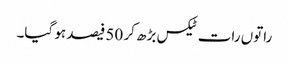
راتوں رات ٹیکس بڑھ کر 50 فیصد ہو گیا۔